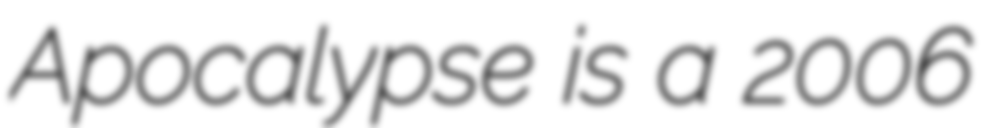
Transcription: Apocalypse is a 2006